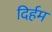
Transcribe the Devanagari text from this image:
दिर्हम